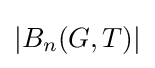
|B_{n}(G,T)|